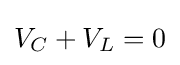
V_{C}+V_{L}=0